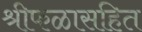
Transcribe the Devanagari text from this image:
श्रीफळासहित